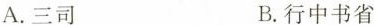
A.三司 B.行中书省